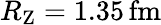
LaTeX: R_{\mathrm{Z}}=1.35\, \mathrm{fm}